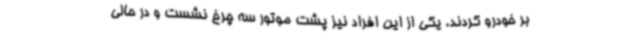
بر خودرو کردند. یکی از این افراد نیز پشت موتور سه چرخ نشست و در حالی